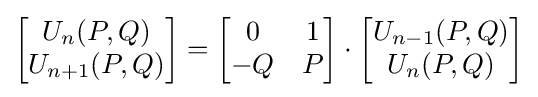
{\begin{bmatrix}U_{n}(P,Q)\\U_{n+1}(P,Q)\end{bmatrix}}={\begin{bmatrix}0&1\\-Q&P\end{bmatrix}}\cdot {\begin{bmatrix}U_{n-1}(P,Q)\\U_{n}(P,Q)\end{bmatrix}}